Loodushoiu_ja_Turismi_Instituut, lk 202
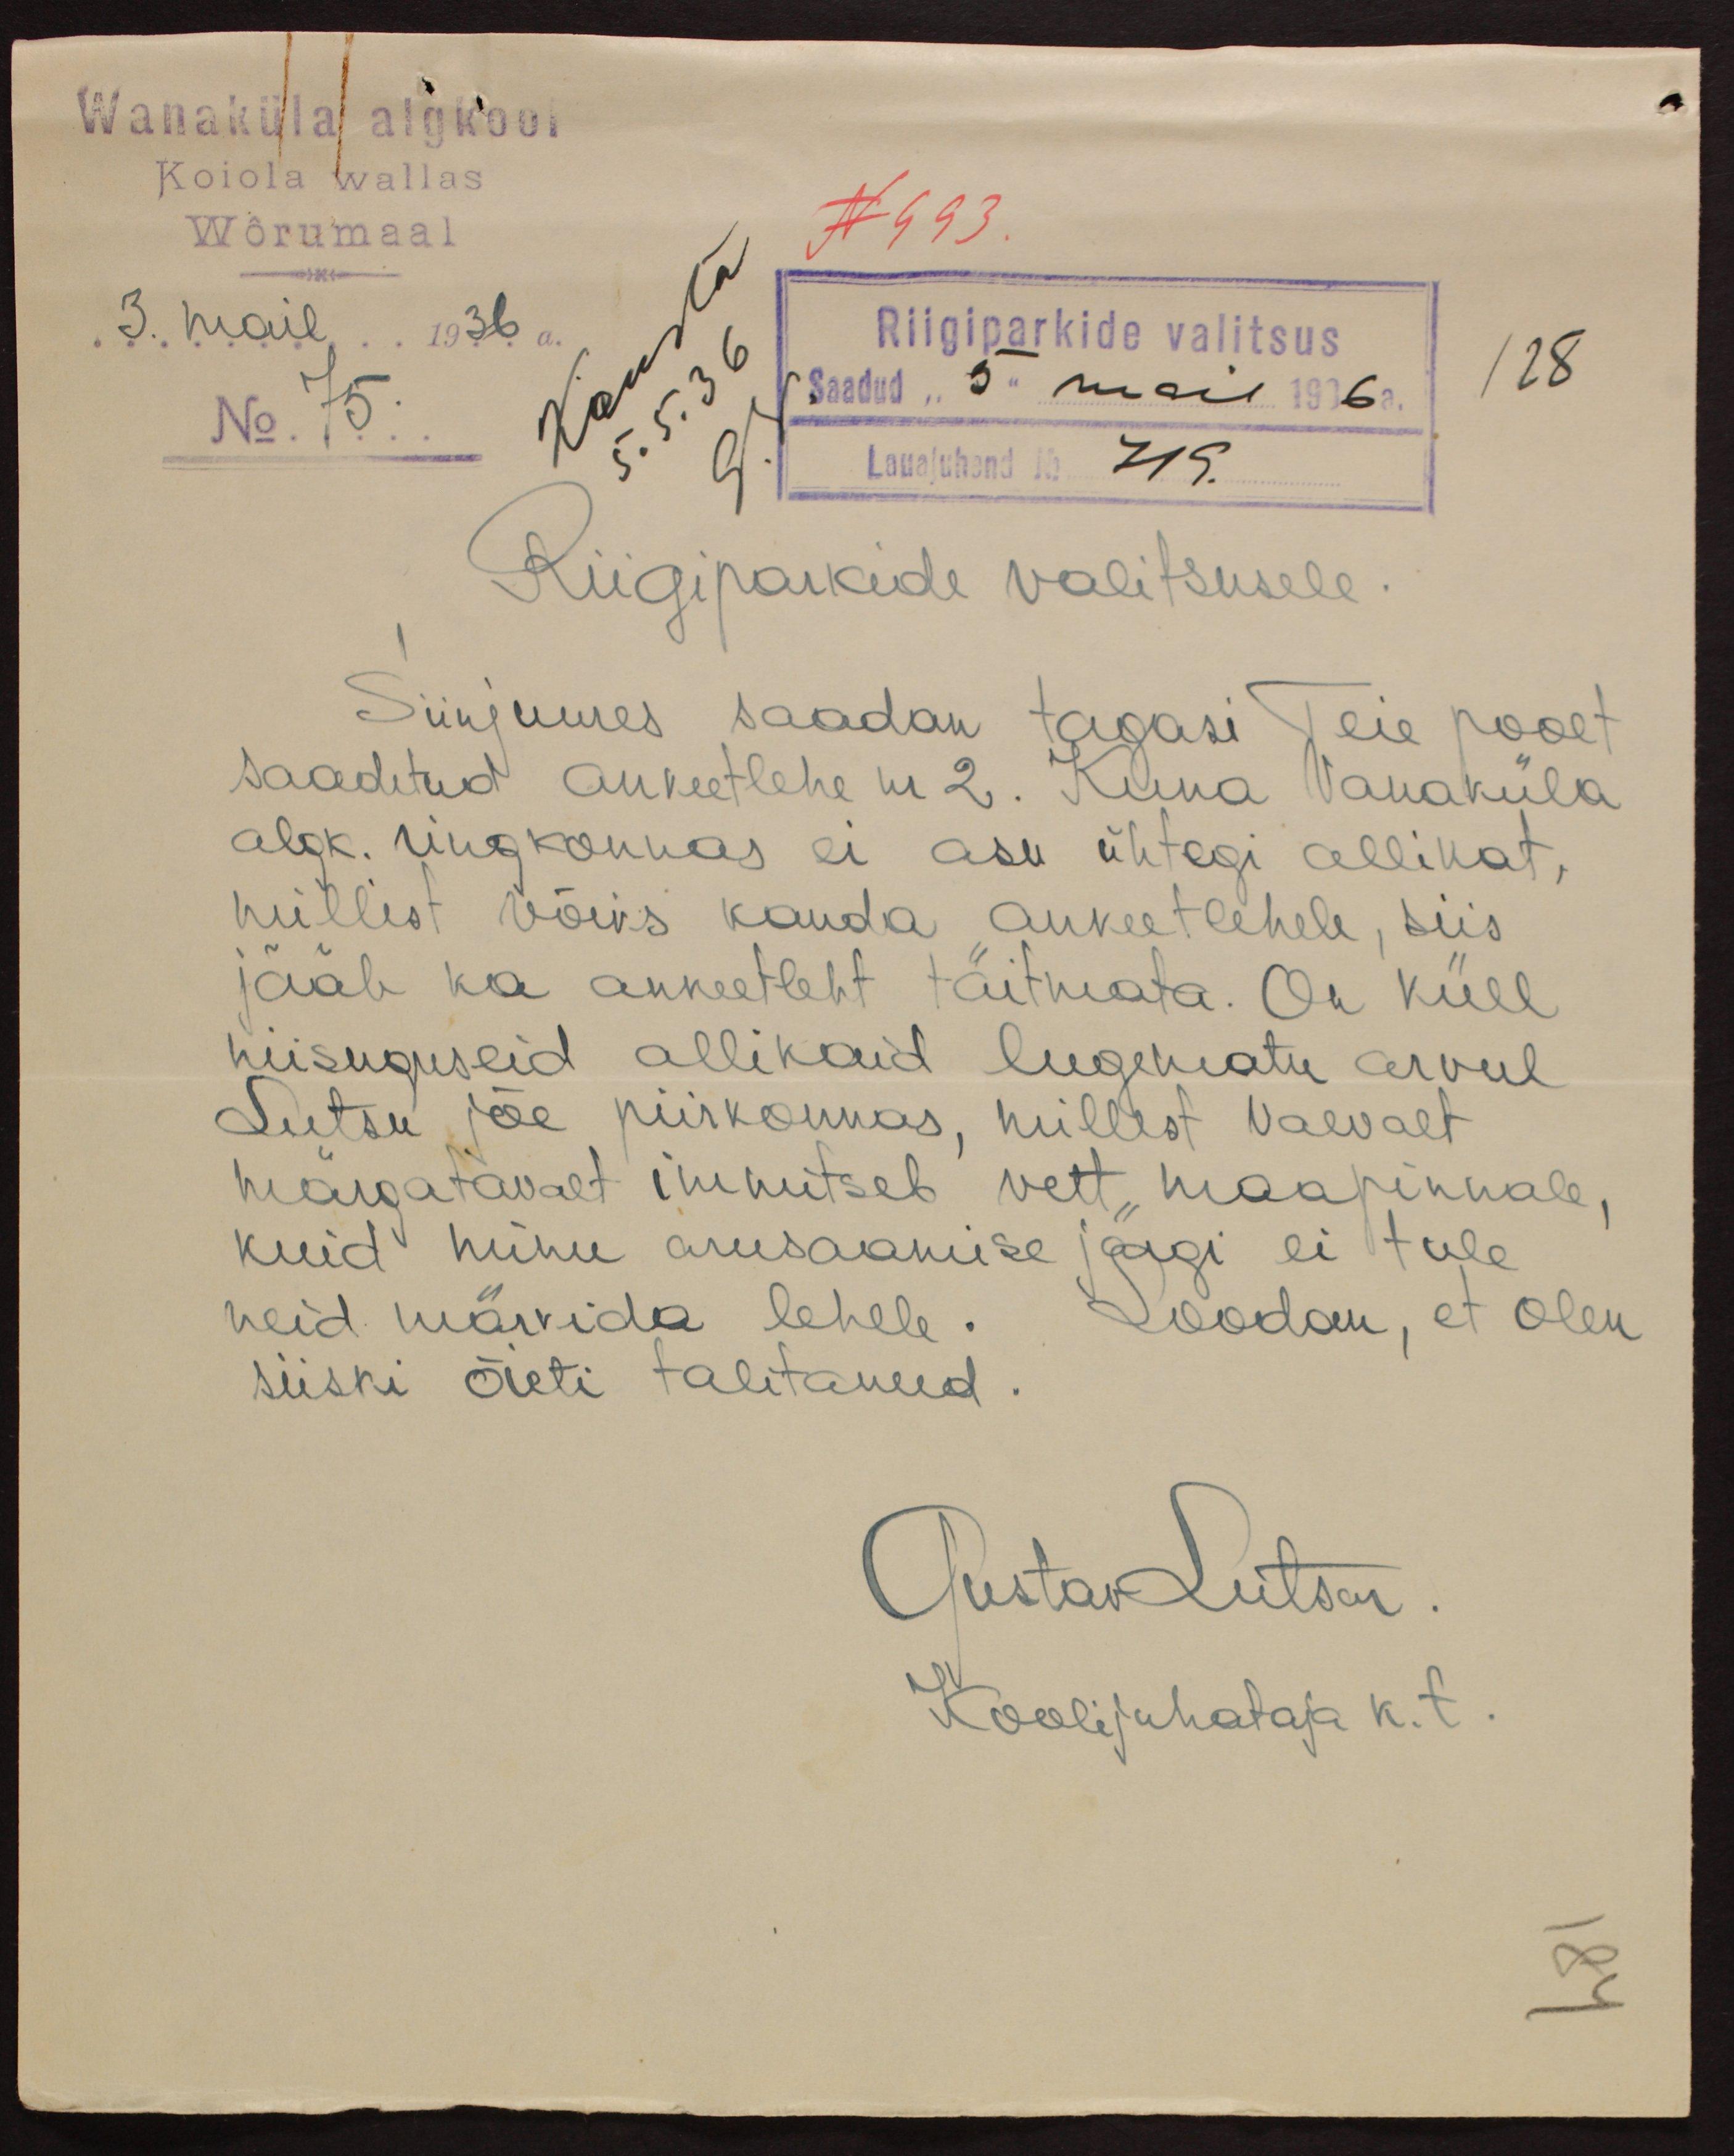
Wanaküla algkool
Koiola wallas
Wõrumaal
N 993.
3. mail 1936 a.
Riigiparkide valitsus
No 75.
Saadud 5 mail 1936 a. 128.
Lauajuhend No 719.
Riigiparkide valitsusele.
Siinjuures saadan tagasi Teie poolt
saadetud ankeetlehe nr 2. Kuna Vanaküla
algk. ringkonnas ei asu ühtegi allikat,
millist võiks kanda ankeetlehele, siis
jääb ka ankeetleht täitmata. On küll
niisuguseid allikaid lugematu arvul
Lutsu jõe piirkonnas, millest vaevalt
märgatavalt immitseb vett maapinnale,
kuid minu arusaamise järgi ei tule
neid märkida lehele. Loodan, et olen
siiski õieti talitanud.
Gustav Lutsar.
Koolijuhataja k.t.